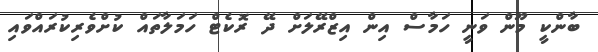
ބާންކީ މޫން ވަނީ ހަމާސް އިން އިޒްރޭލަށް ދޭ ރޮކެޓް ހަމަލާތައް ކުށްވެރިކުރައްވައި